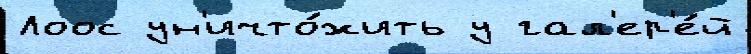
Лоос ун'ичто́жить у гал'ер'е́й